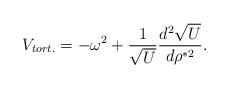
LaTeX: \begin{align*}V_{tort.}=-\omega^2 + \frac{1}{\sqrt U}\frac{d^2\sqrt U}{d\rho^{*2}}.\end{align*}